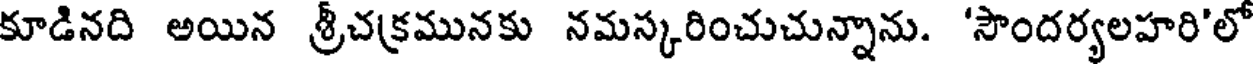
కూడినది అయిన శ్రీచక్రమునకు నమస్కరించుచున్నాను. 'సౌందర్యలహరి'లో